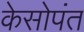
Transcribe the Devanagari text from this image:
केसोपंत